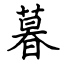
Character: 暮